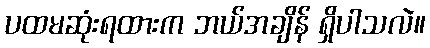
ပထမဆုံးရထားက ဘယ်အချိန် ရှိပါသလဲ။